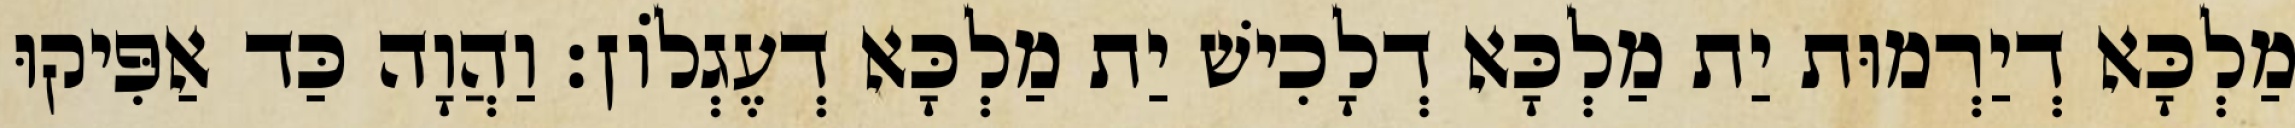
מַלְכָּא דְיַרְמוּת יַת מַלְכָּא דְלָכִישׁ יַת מַלְכָּא דְעֶגְלוֹן׃ וַהֲוָה כַּד אַפִּיקוּ